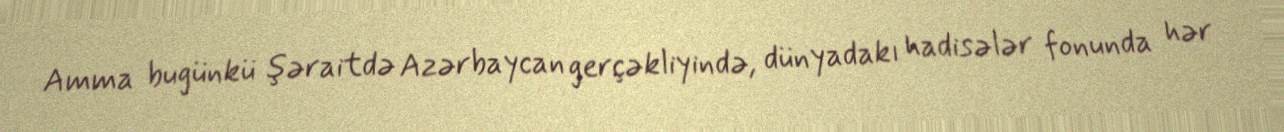
Amma bugünkü şəraitdə Azərbaycan gerçəkliyində, dünyadakı hadisələr fonunda hər